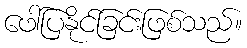
ဖေါ်ပြနိုင်ခြင်းဖြစ်သည်။